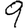
Digit: 9